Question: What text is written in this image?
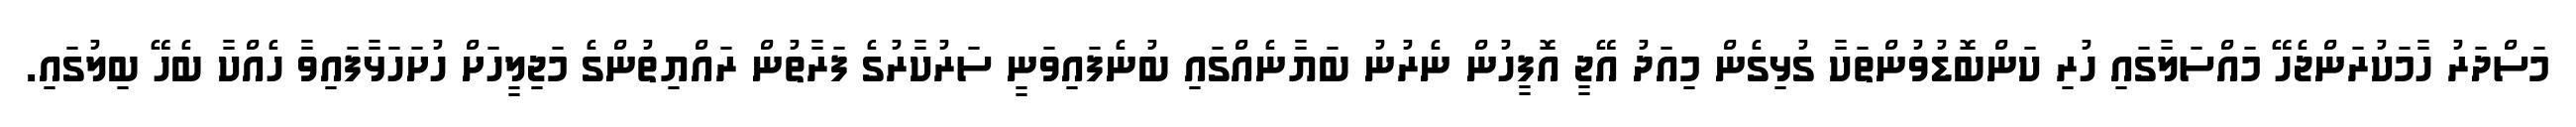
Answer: މަސްދަރު ހާމަކުރަންޖެހޭ މައްސަލާގައި ހުރި ކަންބޮޑުވުންތަކާ ގުޅިގެން މިއަދު އޭޖީ އޮފީހުން ނެރުނު ބަޔާނެއްގައި ބުނެފައިވަނީ ސަރުކާރުގެ ފަރާތުން ރައްޔިތުންގެ މަޖިލީހަށް ހުށަހަޅާފައިވާ ހެއްކާ ބެހޭ ބިލުގައި.